Vaccination in Bombay 1874-1876 - 1874-1876
Year: 1874
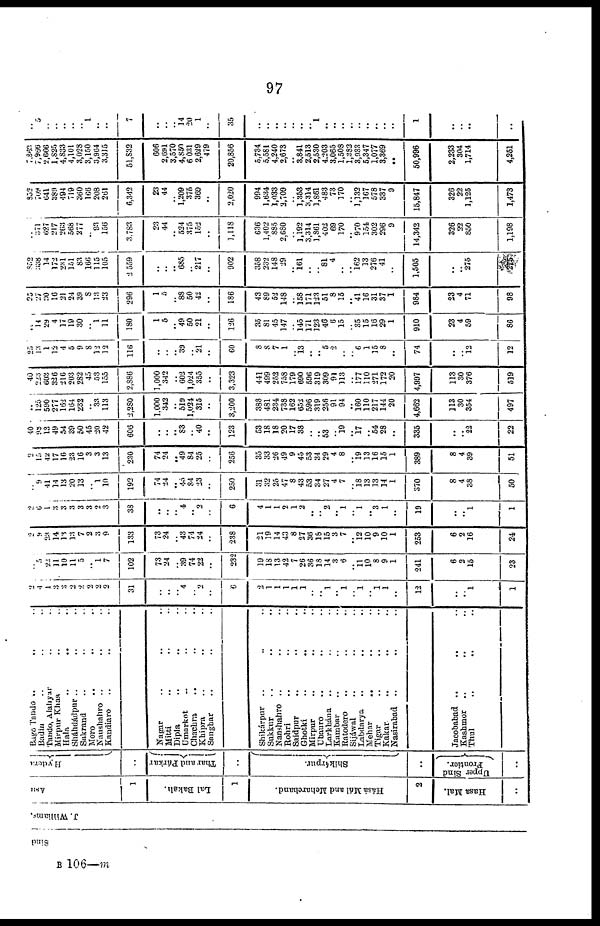
97
Sind
J.Williams.
Asu
1
Lal Baksh.
1
Hásá Mál and Meharchand.
2
Hasa Mal.
..
Hydera
..
Thar and Párkar
..
Shikárpur.
..
Upper Sind
Frontier.
..
Bago Tando .. .. ..
Badin .. .. ..
Tando, Alahyar .. .. ..
Mirpur Khas .. .. ..
Hala .. .. ..
Sháhdádpur .. .. ..
Sakrand .. .. ..
Moro .. .. ..
Naushahro .. .. ..
Kandiaro .. .. ..
Nagar .. .. ..
Mitti .. .. ..
Dipla .. .. ..
Umarkot .. .. ..
Chachra .. .. ..
Khipra .. .. ..
Sanghar .. .. ..
Shikárpur .. .. ..
Sukkur .. .. ..
Nanshahro .. .. ..
Rohri .. .. ..
Saidpur .. .. ..
Ghotki .. .. ..
Mirpur .. .. ..
Ubauro .. .. ..
Larkhána .. .. ..
Kambar .. .. ..
Ratodero .. .. ..
Sijáwal .. .. ..
Labdarya .. .. ..
Mehar .. .. ..
Tigar .. .. ..
Kakar .. .. ..
Nasirabad
.. .. ..
Jacobabad ..
.. ..
Kashmor .. .. ..
Thul .. .. ..
2
4
1
3
3
2
2
2
2 2
31
..
..
.. 4
.. 2
..
6
2
1
1
1
1
1
..
.. 1
.. 1
..
1
.. 1
1
..
12
..
.. 1
1
.. 5
22
11
10
11
5
.. 1
7
102
73
24
.. 39
74
22
..
232
19
18
13
42
7
26
36
18
14
3
6
..
11
10
8
9
1
241
6
2
15
23
2
9
23
14
13
13
7
2
3
9
133
73
24
.. 43
74
24
..
238
21
19
14
43
8
27
36
18
15
3
7
..
12
10
9
10
1
253
6
2
16
24
2
6
1
3
3
3
3
3
2 3
38
..
..
.. 4
.. 2
..
6
4
1
1
2
1
2
..
.. 2
.. 1
..
1
.. 3
1
..
19
..
.. 1
1
..
9
41
14
13
20
13
.. 1
10
192
74
24
.. 45
84 23
..
250
31
32
25
47
8 43
53
34
27
4
7
..
18 13
13
14
1
370
8
4
38
50
2
15
42
17
16
23
16
3
3
13
230
74
24
.. 49
84
25
..
256
35
33
26
49
9 45
53
34
29
4
8
..
19 13
16
15
1
389
8
4
39
51
40
98
13
49
54
39
50
45
20
42
606
..
.. .. 83
.. 40
..
123
53
18
18
20
17
38
..
.. 53
.. 19
..
17
.. 54
28
..
335
..
.. 22
22
.. 125
590
277
162
164
232
.. 33
113
3,280
1,000
342
.. 519
1,024
315
..
3,200
388
481
234
738
162
652
596
319
256
91
94
..
160 110
217
144
20
4,662
113
30
354
497
40
223
603
326
216
203
282
45
53
155
2,886
1,000
342
.. 602
1,024
355
..
3,323
441
499
252
758
179
690
596
319
309
91
113
..
177
110
271
172
20
4,997
113
30
376
519
25
13
1
12
4
5
9
8
12
12
116
..
..
.. 39
.. 21
..
60
8
8
7
1
..
13
..
.. 5
2
..
..
6 1
15
8
..
74
..
.. 12
12
..
14
29
4
17
19
30
.. 1
11
180
1
5
.. 49
50
21
..
126
35
81
45
147
..
145
171
123
46
6
15
..
35 15
16
29
1
910
23
4
59
86
25
27
30 16
21
24
39
8
13
23
296
1
5
.. 88
50
42
..
186
43
89
52
148
..
158
171
123
51
8
15
..
41 16
31
37
1
984
23
4
71
98
852
338
14
172
231
151
83
166
115
105
2,559
..
.. .. 685
.. 217
..
902
358
232
148
29
..
161
..
.. 81
4
..
..
162 13
276
41
..
1,505
..
.. 275
275
.. 371
627
217
263
568
277
.. 93
156
3,783
23
44
.. 524
375
152
..
1,118
636
1,402
885
2,680
..
1,192
3,314
1,861
402
69
170
..
970
154
302
296
9
14,342
326
22
850
1,198
852
709
641
389
494
719
360
166
208
261
6,342
23
44
.. 1,209
375
369
..
2,020
994
1,634
1,033
2,709
..
1,353
3,314
1,861
483
73
170
..
1,132 167
578
337
9
15,847
326
22
1,125
1,473
7,863
7,986
2,666
1,825
4,833
4,101
3,028
3,150
3,964
3,315
51,832
606
2,691
3,570
4,850
6,031
2,629
479
20,856
5,734
5,581
4,240
2,673
..
3,841
2,513
2,530
4,203
3,065
1,508
1,382
3,933
5,347
1,077
3,369
..
50,996
2,233
304
1,714
4,251
..
5
..
..
..
..
.. 1
..
..
7
..
..
.. 14
20
1
..
35
..
..
..
..
..
..
.. 1
..
..
..
..
.. ..
..
..
..
1
..
.. ..
..
B—106 m